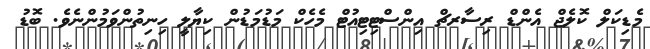
މެޑިކަލް ކޮލެޖް އެންޑް ރިސާރޗް އިންސްޓިޓިއުޓް މެހެކް މަޑުމަޑުން ކިޔާލީ ހިނިތުންވަމުންނެވެ. ބޮޑު